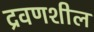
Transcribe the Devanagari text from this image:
द्रवणशील